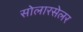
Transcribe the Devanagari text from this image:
सोलारसेलर